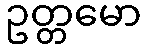
ဥတ္တမော